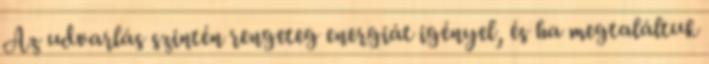
Az udvarlás szintén rengeteg energiát igényel, és ha megtaláltuk